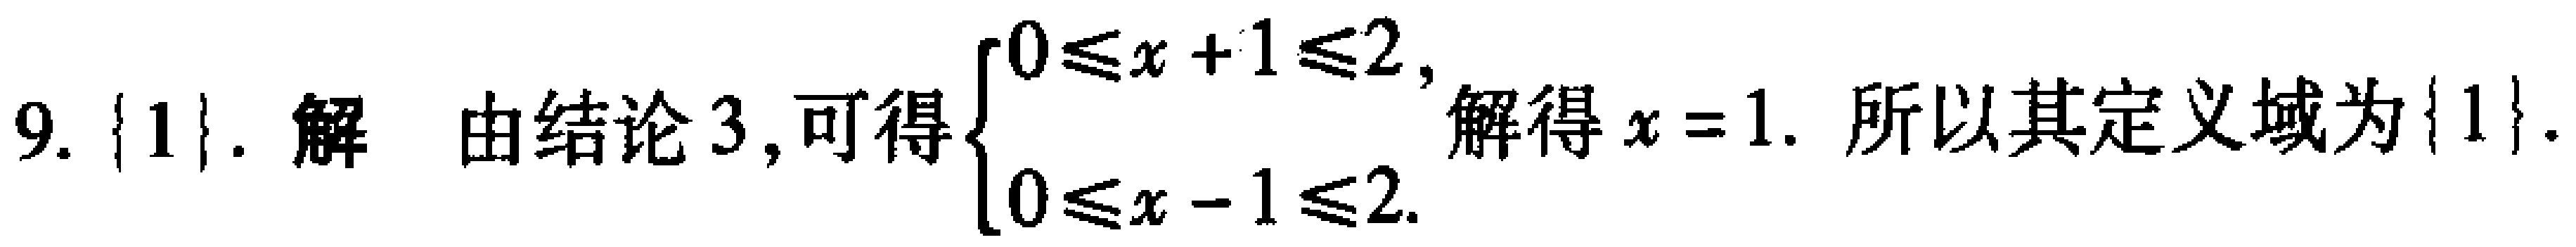
9. $\{1\}$. 解 由结论 3, 可得$\begin{cases}0\leq x + 1\leq 2,\\0\leq x - 1\leq 2.\end{cases}$解得$x = 1$. 所以其定义域为$\{1\}$.